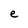
Character: e